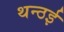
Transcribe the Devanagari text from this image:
थन्ठई